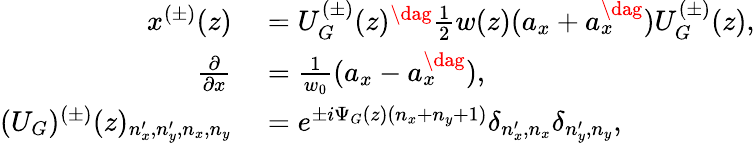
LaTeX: \begin{array}{rl}{x^{(\pm)}(z)}&{{}=U_{G}^{(\pm)}(z)^{\dag}\frac{1}{2}w(z)(a_{x}+a_{x}^{\dag})U_{G}^{(\pm)}(z),}\\ {\frac{\partial}{\partial x}}&{{}=\frac{1}{w_{0}}(a_{x}-a_{x}^{\dag}),}\\ {(U_{G})^{(\pm)}(z)_{n_{x}^{\prime},n_{y}^{\prime},n_{x},n_{y}}}&{{}=e^{\pm i\Psi_{G}(z)(n_{x}+n_{y}+1)}\delta_{n_{x}^{\prime},n_{x}}\delta_{n_{y}^{\prime},n_{y}},}\end{array}